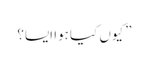
” کیوں کیا ہوا ایسا؟